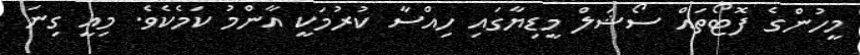
މީހުންގެ ފޮޓޯތައް ސޯޝަލް މީޑިޔާގައި ހިއްސާ ކުރުމަކީ އާންމު ކަމެކެވެ. މިއީ ގިނަ